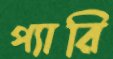
প্যারি